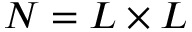
N = L \times L